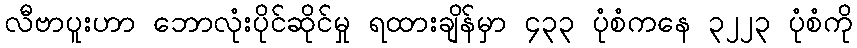
လီဗာပူးဟာ ဘောလုံးပိုင်ဆိုင်မှု ရထားချိန်မှာ ၄၃၃ ပုံစံကနေ ၃၂၂၃ ပုံစံကို